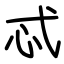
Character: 忒